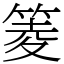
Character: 䈊